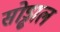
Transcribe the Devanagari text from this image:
सोड्ढाल